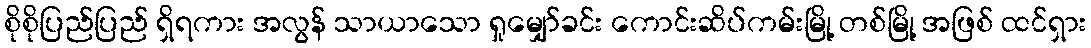
စိုစိုပြည်ပြည် ရှိရကား အလွန် သာယာသော ရှုမျှော်ခင်း ကောင်းဆိပ်ကမ်းမြို့ တစ်မြို့ အဖြစ် ထင်ရှား